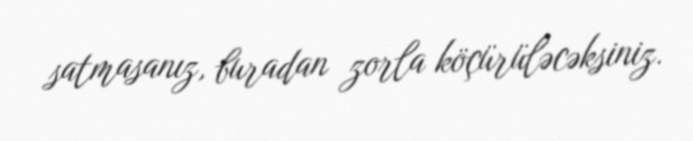
satmasanız, buradan zorla köçürüləcəksiniz.